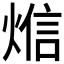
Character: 𰟁